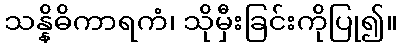
သန္နိဓိကာရကံ၊ သိုမှီးခြင်းကိုပြု၍။